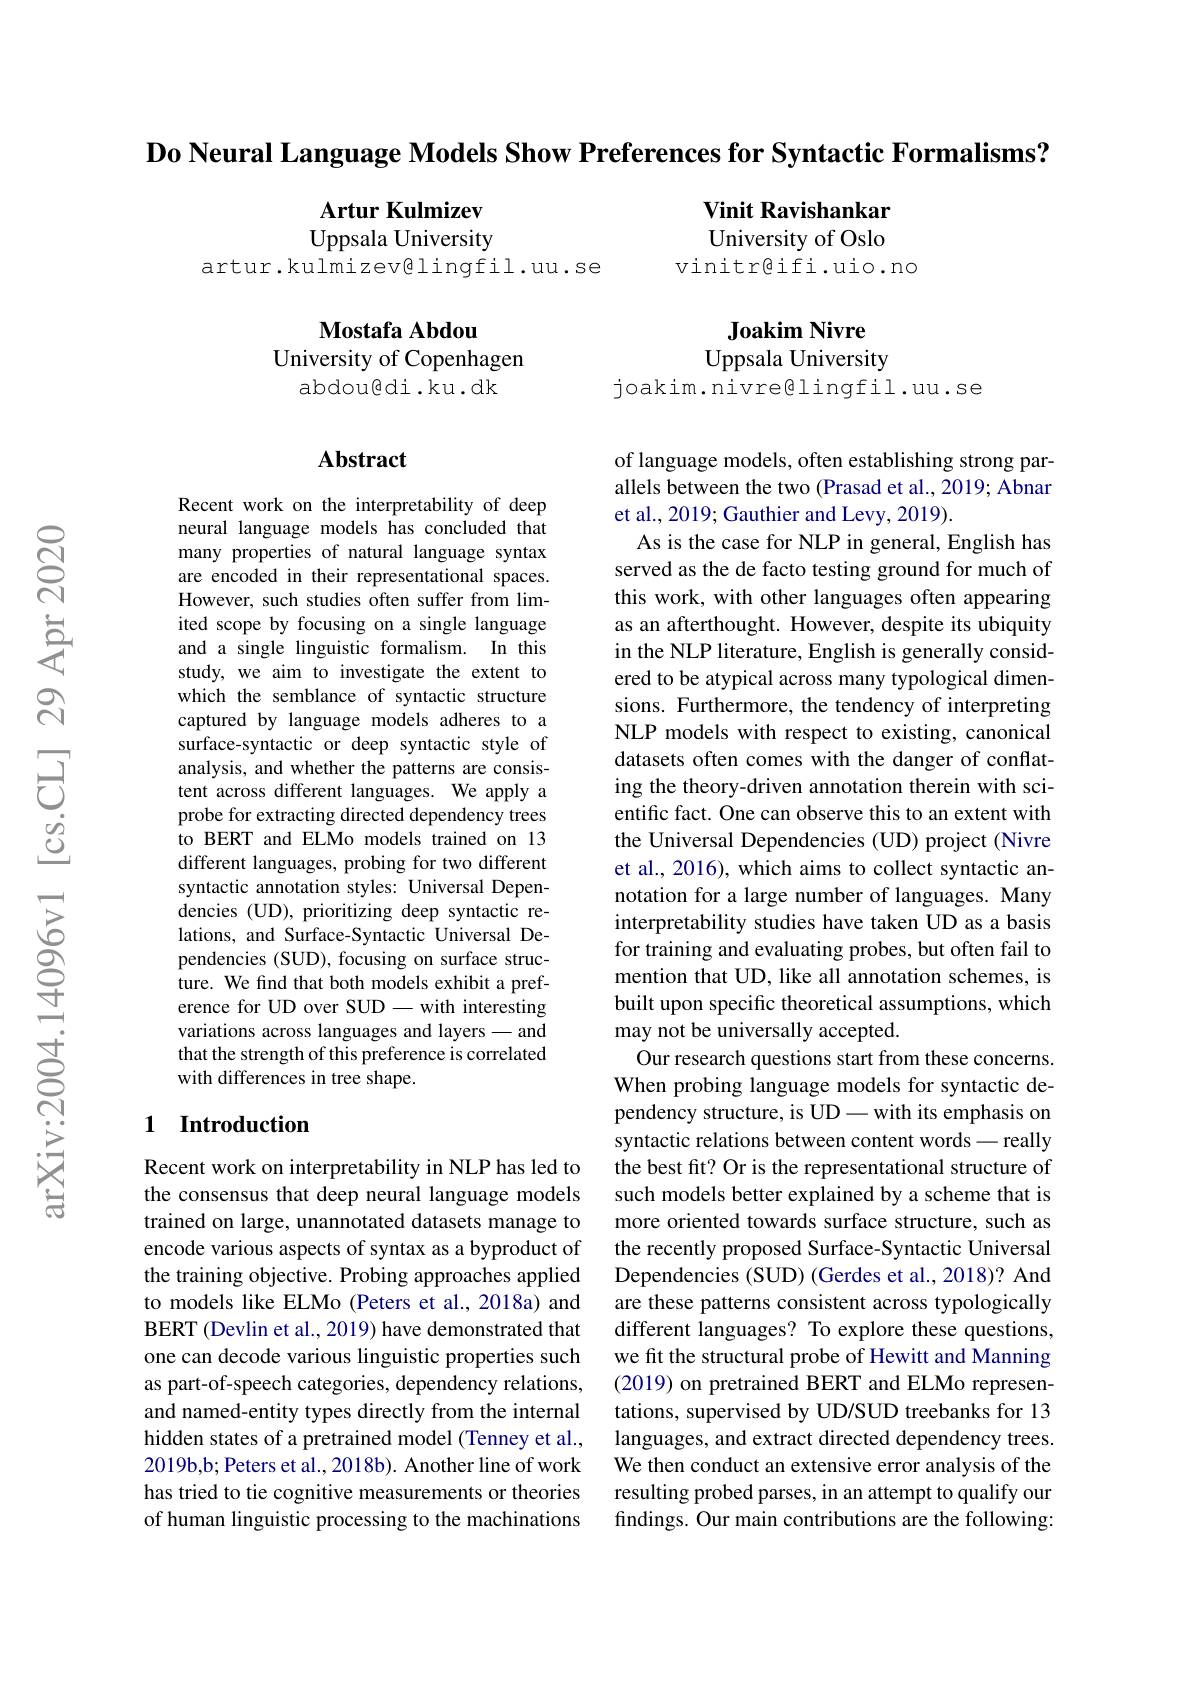
Do Neural Language Models Show Preferences for Syntactic Formalisms?

$\textbf{Artur Kulmizev}$ Uppsala University
artur.kulmizev@lingfil.uu.se

Vinit Ravishankar University of Oslo
vinitr@ifi.uio.no

Joakim Nivre
Uppsala University

Mostafa Abdou
University of Copenhagen
abdou@di.ku.dk

joakim.nivreglingfil.uu.se

### $\mathbf{Abstract}$

Recent work on the interpretability of deep neural language models has concluded that many properties of natural language syntax are encoded in their representational spaces. However, such studies often suffer from limited scope by focusing on a single language and a single linguistic formalism. In this study, we aim to investigate the extent to which the semblance of syntactic structure captured by language models adheres to a surface-syntactic or deep syntactic style of analysis, and whether the patterns are consistent across different languages. We apply a probe for extracting directed dependency trees to BERT and ELMo models trained on 13 different languages, probing for two different syntactic annotation styles: Universal Dependencies (UD), prioritizing deep syntactic relations, and Surface-Syntactic Universal Dependencies (SUD), focusing on surface structure. We find that both models exhibit a preference for UD over SUD-with interesting variations across languages and layers - and that the strength of this preference is correlated with differences in tree shape.

of language models, often establishing strong parallels between the two (Prasad et al., 2019; Abnar et al., 2019; Gauthier and Levy, 2019).
As is the case for NLP in general, English has served as the de facto testing ground for much of this work, with other languages often appearing as an afterthought. However, despite its ubiquity in the NLP literature, English is generally considered to be atypical across many typological dimensions. Furthermore, the tendency of interpreting NLP models with respect to existing, canonical datasets often comes with the danger of conflating the theory-driven annotation therein with scientific fact. One can observe this to an extent with the Universal Dependencies (UD) project (Nivre et al., 2016), which aims to collect syntactic annotation for a large number of languages. Many interpretability studies have taken UD as a basis for training and evaluating probes, but often fail to mention that UD, like all annotation schemes, is built upon specific theoretical assumptions, which may not be universally accepted.
Our research questions start from these concerns. When probing language models for syntactic dependency structure, is UD - with its emphasis on syntactic relations between content words -really the best fit? Or is the representational structure of such models better explained by a scheme that is more oriented towards surface structure, such as the recently proposed Surface-Syntactic Universal Dependencies (SUD) (Gerdes et al., 2018)? And are these patterns consistent across typologically different languages? To explore these questions, we fit the structural probe of Hewitt and Manning (2019) on pretrained BERT and ELMo representations, supervised by UD/SUD treebanks for 13 languages, and extract directed dependency trees. We then conduct an extensive error analysis of the resulting probed parses, in an attempt to qualify our findings. Our main contributions are the following:

## 1 Introduction

Recent work on interpretability in NLP has led to the consensus that deep neural language models trained on large, unannotated datasets manage to encode various aspects of syntax as a byproduct of the training objective. Probing approaches applied to models like ELMo (Peters et al., 2018a) and BERT (Devlin et al., 2019) have demonstrated that one can decode various linguistic properties such as part-of-speech categories, dependency relations, and named-entity types directly from the internal hidden states of a pretrained model (Tenney et al., 2019b,b; Peters et al., 2018b). Another line of work has tried to tie cognitive measurements or theories of human linguistic processing to the machinations